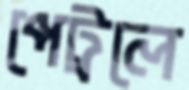
পেট্রলে